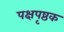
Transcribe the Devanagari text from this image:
पक्षपृष्ठक